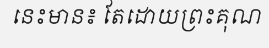
នេះមាន៖ តែដោយព្រះគុណ